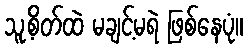
သူ့စိတ်ထဲ မချင့်မရဲ ဖြစ်နေပုံ။